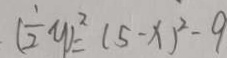
( \frac { 1 } { 2 } y ) ^ { 2 } = ( 5 - x ) ^ { 2 } - 9